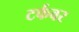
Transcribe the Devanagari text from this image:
टर्फवर